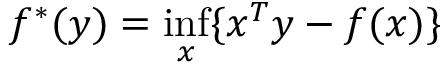
f ^ { * } ( y ) = \operatorname* { i n f } _ { x } \{ x ^ { T } y - f ( x ) \}